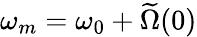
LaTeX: \omega_{m}=\omega_{0}+\widetilde\Omega(0)